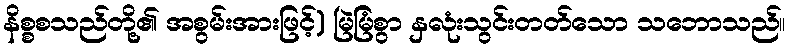
နိစ္စစသည်တို့၏ အစွမ်းအားဖြင့်) မြဲမြံစွာ နှလုံးသွင်းတတ်သော သဘောသည်။